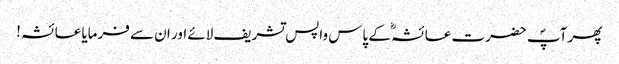
پھر آپؐ حضرت عائشہؓ کے پاس واپس تشریف لائے اور ان سے فرمایا عائشہ !